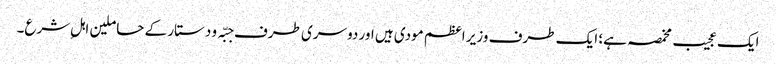
ایک عجیب مخمصہ ہے؛ ایک طرف وزیر اعظم مودی ہیں اور دوسری طرف جبّہ و دستار کے حاملین اہلِ شرع۔